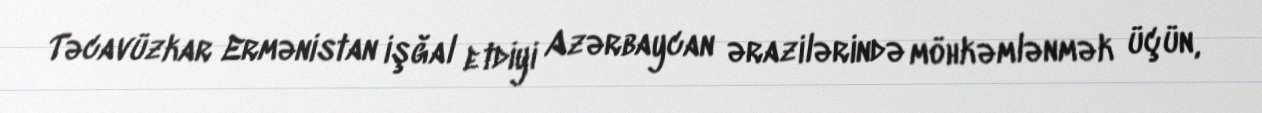
Təcavüzkar Ermənistan işğal etdiyi Azərbaycan ərazilərində möhkəmlənmək üçün,